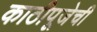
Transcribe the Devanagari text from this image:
काठीपूजेची